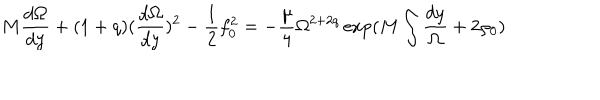
LaTeX: M \frac { d \Omega } { d y } + ( 1 + q ) ( \frac { d \Omega } { d y } ) ^ { 2 } - \frac { 1 } { 2 } f _ { 0 } ^ { 2 } = - \frac { \mu } { 4 } \Omega ^ { 2 + 2 q } \exp ( M \int \frac { d y } { \Omega } + 2 \rho _ { 0 } )